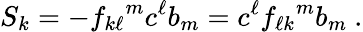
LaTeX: S_{k}=-{f_{k\ell}}^{m}c^{\ell}b_{m}=c^{\ell}{f_{\ell k}}^{m}b_{m}~.